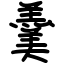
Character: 羹